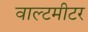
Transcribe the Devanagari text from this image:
वाल्टमीटर